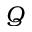
Q